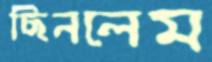
ছিনলেম